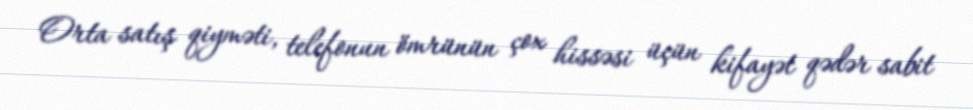
Orta satış qiyməti, telefonun ömrünün çox hissəsi üçün kifayət qədər sabit